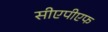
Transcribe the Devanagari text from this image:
सीएपीएफ